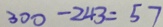
3 0 0 - 2 4 3 = 5 7